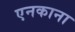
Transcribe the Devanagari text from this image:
एनकाना